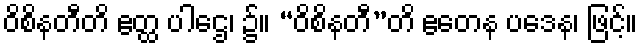
ဝိစိနတီတိ ဧတ္ထ ပါဌေ၊ ၌။ “ဝိစိနတီ”တိ ဧတေန ပဒေန၊ ဖြင့်။